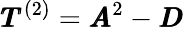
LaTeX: \pmb{T}^{(2)}=\pmb{A}^{2}-\pmb{D}